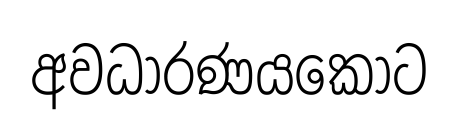
අවධාරණයකොට